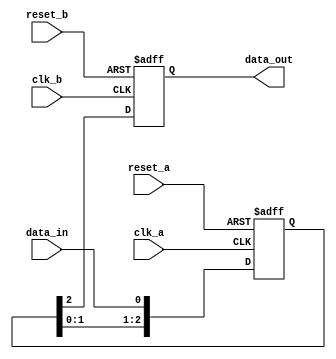
module timing_control_synchronization (
    input wire clk_a, // clock signal for domain A
    input wire reset_a, // reset signal for domain A
    input wire clk_b, // clock signal for domain B
    input wire reset_b, // reset signal for domain B
    input wire data_in, // input data signal
    output reg data_out // synchronized data output
);

reg [2:0] sync_reg; // synchronizer flip-flop chain

always @(posedge clk_a or posedge reset_a) begin
    if (reset_a) begin
        sync_reg <= 3'b000;
    end else begin
        sync_reg <= {sync_reg[1:0], data_in};
    end
end

always @(posedge clk_b or posedge reset_b) begin
    if (reset_b) begin
        data_out <= 1'b0;
    end else begin
        data_out <= sync_reg[2];
    end
end

endmodule